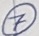
Text: 7